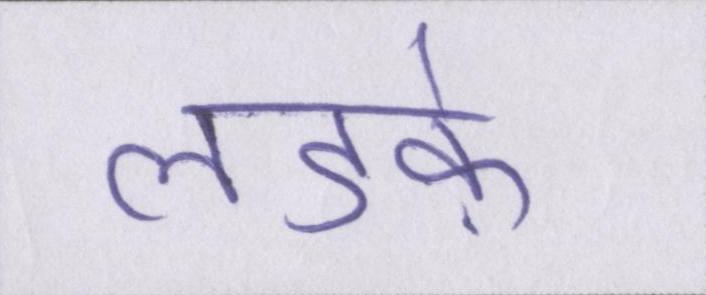
लडक़े